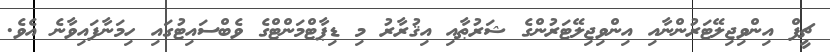
ޗީފް އިންވިޖިލޭޓަރުންނާއި އިންވިޖިލޭޓަރުންގެ ޝަރުޠާއި އިޤުރާރު މި ޑިޕާޓްމަންޓްގެ ވެބްސައިޓުގައި ހިމަނާފައިވާނެ އެވެ.